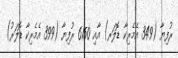
ރުފިޔާ (349 އެމެރިކާ ޑޮލަރ) އާއި 6150 ރުފިޔާ (399 އެމެރިކާ ޑޮލަރު)